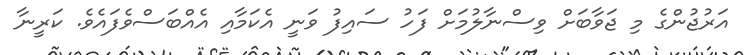
އަރުޖުންގެ މި ޖަވާބަށް ވިސްނާލުމަށް ފަހު ސައިފު ވަނީ އެކަމާއި އެއްބަސްވެފައެވެ. ކަރީނާ